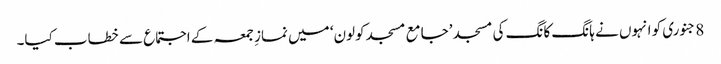
8 جنوری کو انہوں نے ہانگ کانگ کی مسجد ’جامع مسجد کولون‘ میں نمازِ جمعہ کے اجتماع سے خطاب کیا۔